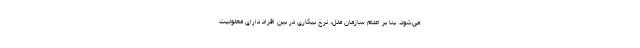
می‌شود. بنا بر اعلام سازمان ملل، نرخ بیکاری در بین افراد دارای معلولیت